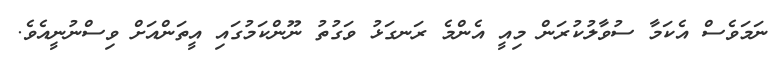
ނަމަވެސް އެކަމާ ސުވާލުކުރަން މިއީ އެންމެ ރަނގަޅު ވަގުތު ނޫންކަމުގައި އީތަންއަށް ވިސްނުނީއެވެ.